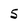
Character: 5